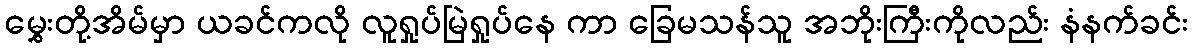
မွှေးတို့အိမ်မှာ ယခင်ကလို လူရှုပ်မြဲရှုပ်နေ ကာ ခြေမသန်သူ အဘိုးကြီးကိုလည်း နံနက်ခင်း